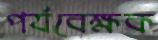
পর্যবেক্ষক